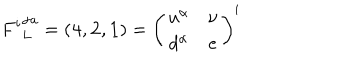
{ F ^ { i } } _ { L } ^ { \alpha a } = ( { \bf 4 } , { \bf 2 } , { \bf 1 } ) = \left( \begin{array} { c c } { { u ^ { \alpha } } } & { { \nu } } \\ { { d ^ { \alpha } } } & { { e } } \\ \end{array} \right) ^ { i }